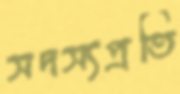
সদস্যপ্রতি